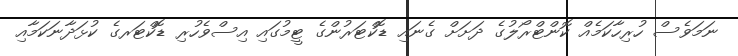
ނަމަވެސް ހުރިހާކަމެއް ކޮންޓްރޯލުގެ ދަށަށް ގެނައި ޑޮކްޓަރުންގެ ޓީމުގައި އިސްވެހުރި ޑޮކްޓަރގެ ކުޅަދާނަކަމާއި